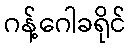
ဂန့်ဂေါခရိုင်